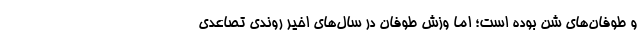
و طوفان‌های شن بوده است؛ اما وزش طوفان در سال‌های اخیر روندی تصاعدی